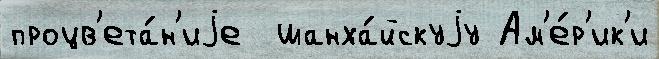
процв'ета́н'иjе  шанха́йскуjу Ам'е́р'ик'и